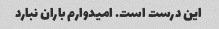
این درست است. امیدوارم باران نبارد